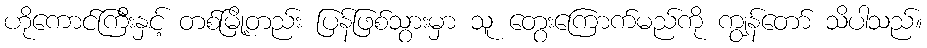
ဟိုကောင်ကြီးနှင့် တစ်မြို့တည်း ပြန်ဖြစ်သွားမှာ သူ တွေးကြောက်မည်ကို ကျွန်တော် သိပါသည်။